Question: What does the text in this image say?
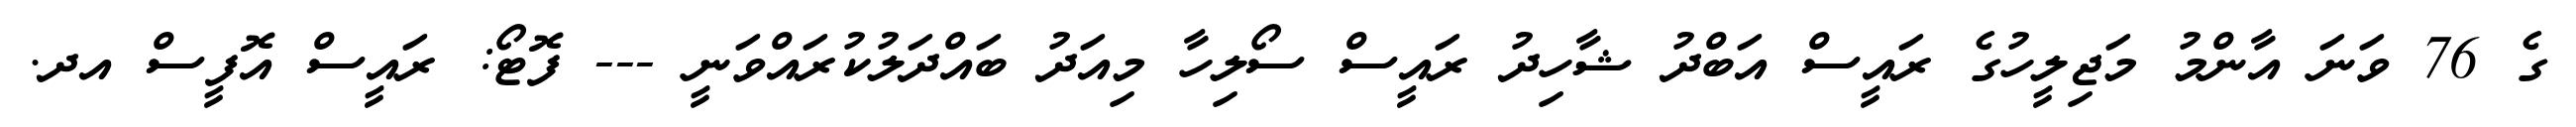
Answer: ގެ 76 ވަނަ އާންމު މަޖިލީހުގެ ރައީސް އަބްދު ޝާހިދު ރައީސް ސޯލިހާ މިއަދު ބައްދަލުކުރައްވަނީ --- ފޮޓޯ: ރައީސް އޮފީސް އދ.